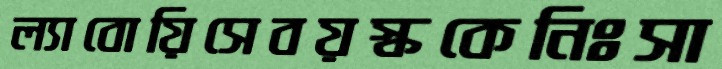
ল্যাবোয়িসেবয়স্ককেনিঃসা